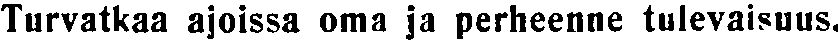
Turvatkaa ajoissa oma ja perheenne tulevaisuus.